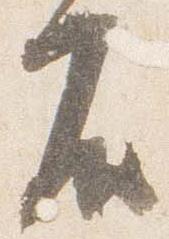
殿